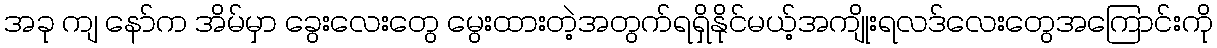
အခု ကျ နော်က အိမ်မှာ ခွေးလေးတွေ မွေးထားတဲ့အတွက်ရရှိနိုင်မယ့်အကျိုးရလဒ်လေးတွေအကြောင်းကို